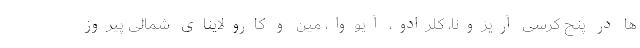
ها در پنج کرسی آریزونا، کلرادو، آیووا، مین و کارولاینای شمالی پیروز